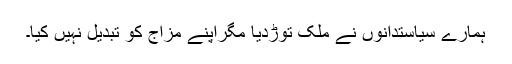
ہمارے سیاستدانوں نے ملک توڑدیا مگراپنے مزاج کو تبدیل نہیں کیا۔